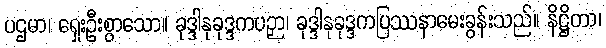
ပဌမာ၊ ရှေးဦးစွာသော။ ခုဒ္ဒါနုခုဒ္ဒကပဉှာ၊ ခုဒ္ဒါနုခုဒ္ဒကပြဿနာမေးခွန်းသည်။ နိဋ္ဌိတာ၊